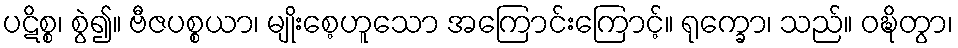
ပဋိစ္စ၊ စွဲ၍။ ဗီဇပစ္စယာ၊ မျိုးစေ့ဟူသော အကြောင်းကြောင့်။ ရုက္ခော၊ သည်။ ဝဍ္ဎိတွာ၊